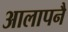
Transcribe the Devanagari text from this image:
आलापनै